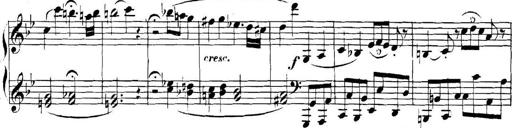
Title: Collected Piano Sonatas
Composer: Muzio Clementi